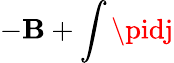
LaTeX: -\mathbf{B}+\int\pidj